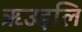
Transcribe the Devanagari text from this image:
ऋउइलि